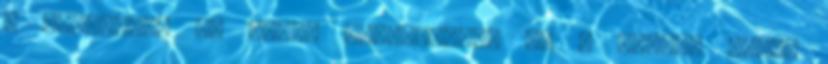
a maradékot és hamar megvagyunk. Ég a kezünk alatt